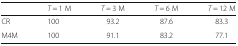
<table><thead><tr><td></td><td><b><i>T</i> = 1 M</b></td><td><b><i>T</i> = 3 M</b></td><td><b><i>T</i> = 6 M</b></td><td><b><i>T</i> = 12 M</b></td></tr></thead><tbody><tr><td>CR</td><td>100</td><td>93.2</td><td>87.6</td><td>83.3</td></tr><tr><td>M4M</td><td>100</td><td>91.1</td><td>83.2</td><td>77.1</td></tr></tbody></table>